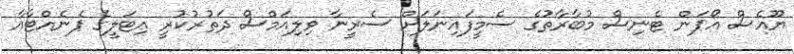
ޔޫއެސް އޯޕަން ޓެނިސް މުބާރާތުގެ ސެމީފައިނަލަށް ސެރީނާ ވިލިއަމްސް ދަތުރުކުރީ އިޓަލީގެ ޕެނެއްޓާއާ